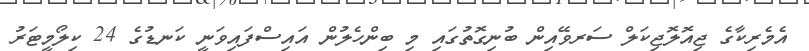
އެމެރިކާގެ ޖިއޮލޮޖިކަލް ސަރވޭއިން ބުނިގޮތުގައި މި ބިންހެލުން އައިސްފައިވަނީ ކަނޑުގެ 24 ކިލޯމީޓަރު